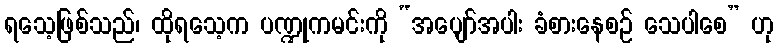
ရသေ့ဖြစ်သည်၊ ထိုရသေ့က ပဏ္ဍုကမင်းကို “အပျော်အပါး ခံစားနေစဉ် သေပါစေ” ဟု